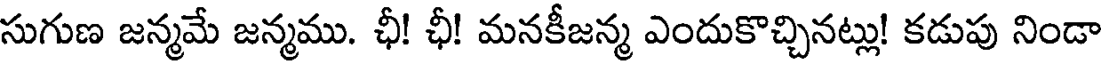
సుగుణ జన్మమే జన్మము. ఛీ! ఛీ! మనకీజన్మ ఎందుకొచ్చినట్లు! కడుపు నిండా